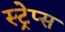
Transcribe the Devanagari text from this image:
स्ट्रेप्स